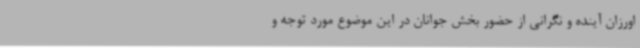
اورزان آینده و نگرانی از حضور بخش جوانان در این موضوع مورد توجه و